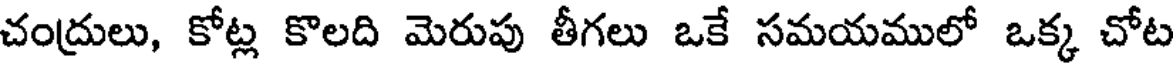
చంద్రులు, కోట్ల కొలది మెరుపు తీగలు ఒకే సమయములో ఒక్క చోట